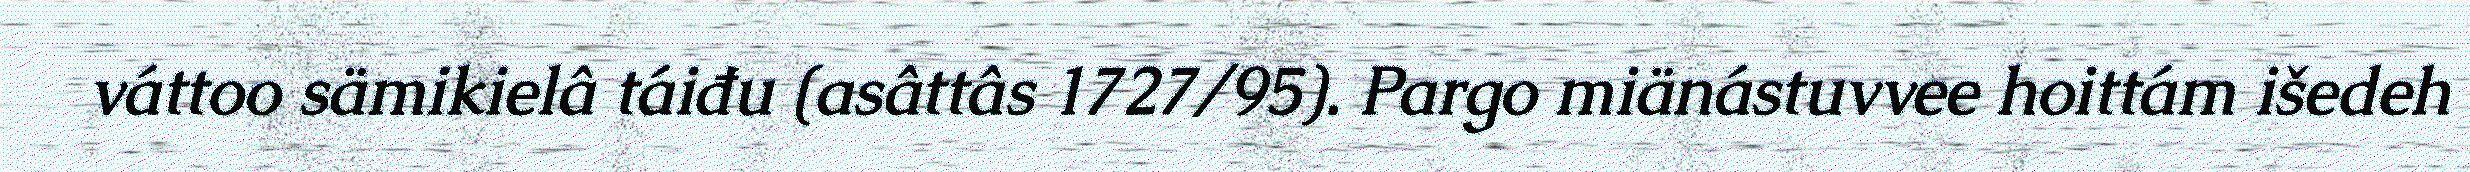
váttoo sämikielâ táiđu (asâttâs 1727/95). Pargo miänástuvvee hoittám išedeh